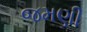
જમણી